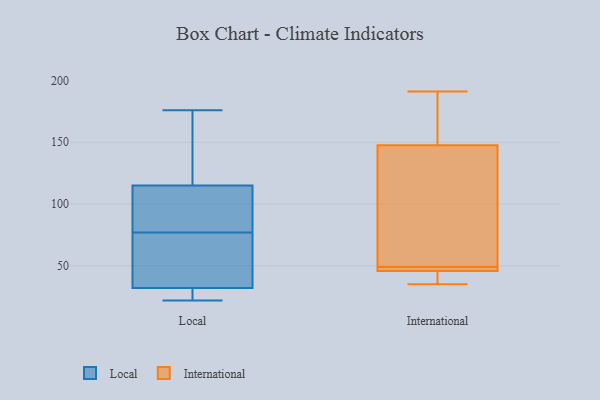
{"axis": {"x": "Conversion Rate (%)", "y": "Value"}, "legend": ["International", "Local"], "data": [{"x": "", "y": 97, "type": "Local"}, {"x": "", "y": 126, "type": "Local"}, {"x": "", "y": 22, "type": "Local"}, {"x": "", "y": 146, "type": "Local"}, {"x": "", "y": 32, "type": "Local"}, {"x": "", "y": 176, "type": "Local"}, {"x": "", "y": 35, "type": "Local"}, {"x": "", "y": 115, "type": "Local"}, {"x": "", "y": 28, "type": "Local"}, {"x": "", "y": 96, "type": "Local"}, {"x": "", "y": 58, "type": "Local"}, {"x": "", "y": 39, "type": "Local"}, {"x": "", "y": 102, "type": "Local"}, {"x": "", "y": 26, "type": "Local"}, {"x": "", "y": 40, "type": "International"}, {"x": "", "y": 191, "type": "International"}, {"x": "", "y": 48, "type": "International"}, {"x": "", "y": 35, "type": "International"}, {"x": "", "y": 154, "type": "International"}, {"x": "", "y": 49, "type": "International"}, {"x": "", "y": 185, "type": "International"}, {"x": "", "y": 45, "type": "International"}, {"x": "", "y": 48, "type": "International"}, {"x": "", "y": 128, "type": "International"}, {"x": "", "y": 53, "type": "International"}]}